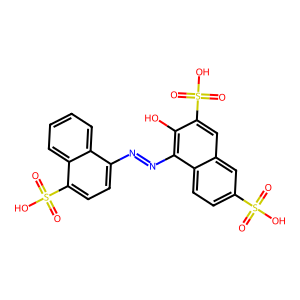
SMILES: O=S(=O)(O)c1ccc2c(N=Nc3ccc(S(=O)(=O)O)c4ccccc34)c(O)c(S(=O)(=O)O)cc2c1
Inhibits HIV replication: No